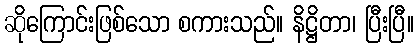
ဆိုကြောင်းဖြစ်သော စကားသည်။ နိဋ္ဌိတာ၊ ပြီးပြီ။